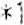
*1